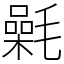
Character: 氉